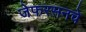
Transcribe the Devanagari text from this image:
जेफरसनचे